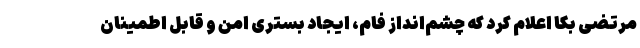
مرتضی بکا اعلام کرد که چشم‌انداز فام، ایجاد بستری امن و قابل اطمینان